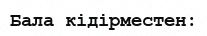
Бала кідірместен: